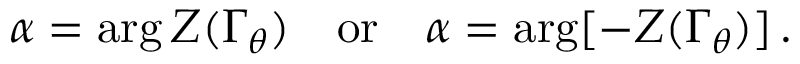
\alpha = \arg Z ( \Gamma _ { \theta } ) \quad \mathrm { o r } \quad \alpha = \arg [ - Z ( \Gamma _ { \theta } ) ] \, .